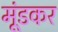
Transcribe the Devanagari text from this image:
मूंडकर